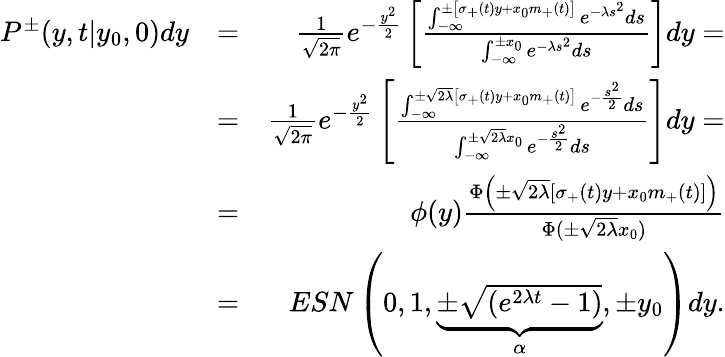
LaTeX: \begin{array}{rlr}{P^{\pm}(y,t|y_{0},0)dy}&{=}&{{\frac{1}{\sqrt{2\pi}}}e^{-{\frac{y^{2}}{2}}}\left[{\frac{\int_{-\infty}^{\pm\left[\sigma_{+}(t)y+x_{0}m_{+}(t)\right]}e^{-\lambda s^{2}}ds}{\int_{-\infty}^{\pm x_{0}}e^{-\lambda s^{2}}ds}}\right]dy=}\\ &{=}&{{\frac{1}{\sqrt{2\pi}}}e^{-{\frac{y^{2}}{2}}}\left[{\frac{\int_{-\infty}^{\pm\sqrt{2\lambda}\left[\sigma_{+}(t)y+x_{0}m_{+}(t)\right]}e^{-{\frac{s^{2}}{2}}}ds}{\int_{-\infty}^{\pm\sqrt{2\lambda}x_{0}}e^{-{\frac{s^{2}}{2}}}ds}}\right]dy=}\\ &{=}&{\phi(y){\frac{\Phi\left(\pm\sqrt{2\lambda}\left[\sigma_{+}(t)y+x_{0}m_{+}(t)\right]\right)}{\Phi(\pm\sqrt{2\lambda}x_{0})}}}\\ &{=}&{ESN\left(0,1,\underbrace{\pm\sqrt{\left(e^{2\lambda t}-1\right)}}_{\alpha},\pm y_{0}\right)dy.}\end{array}